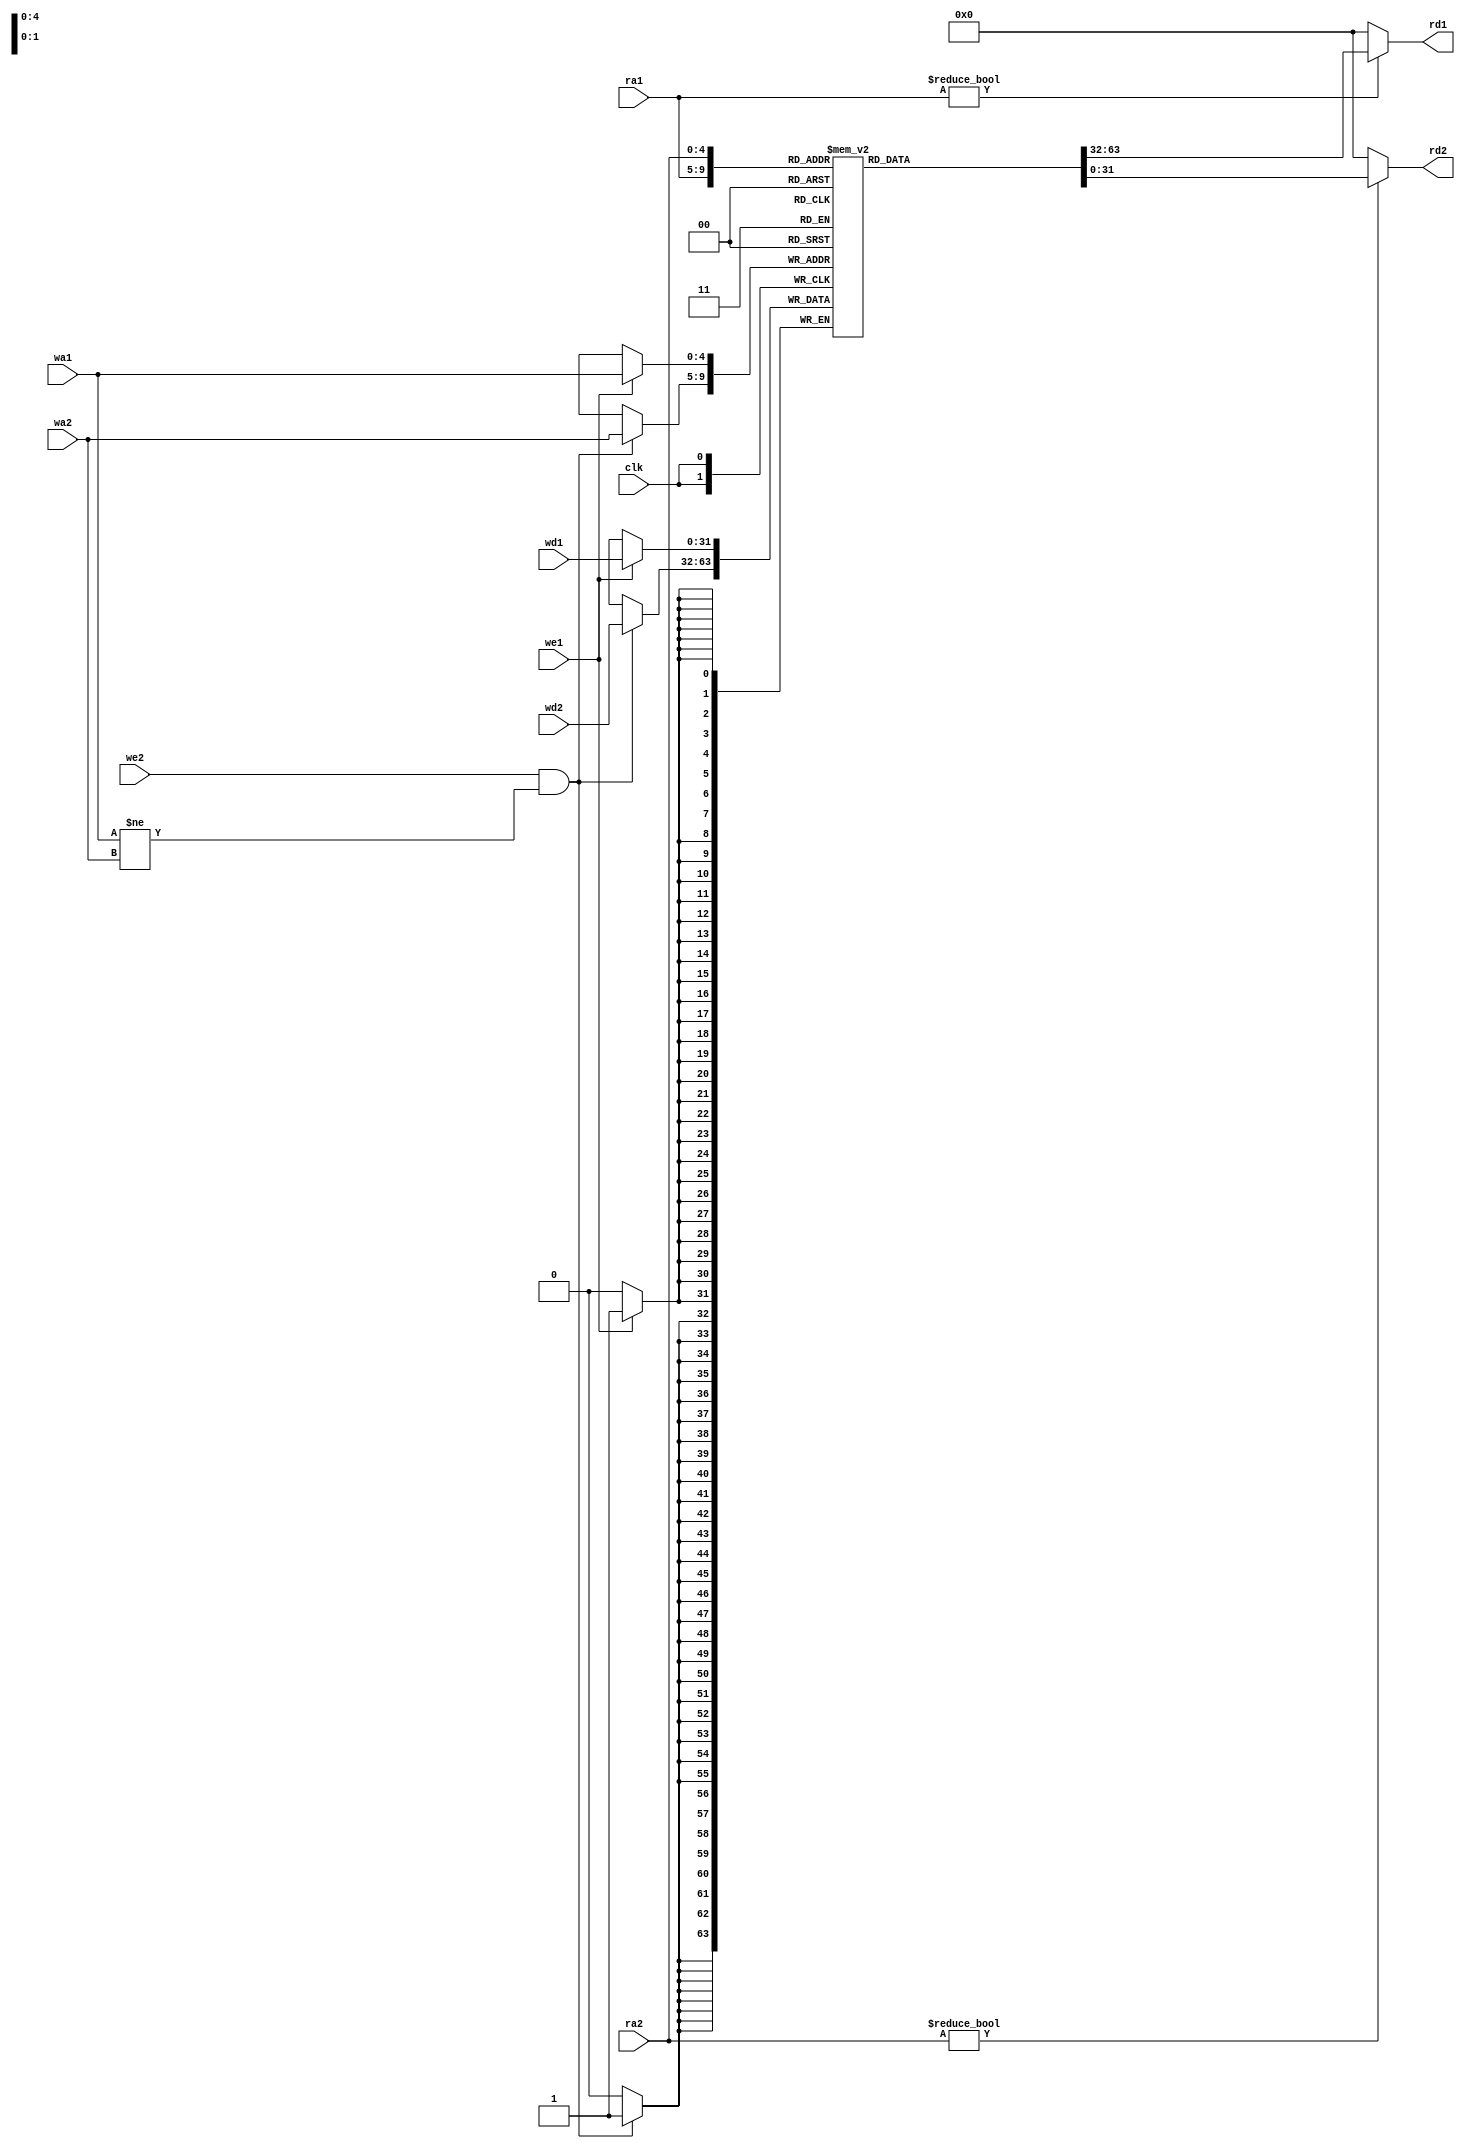
`timescale 1ns / 1ps
//////////////////////////////////////////////////////////////////////////////////
// Company: 
// Engineer: 
// 
// Design Name: 
// Module Name: regfile2
// Project Name: 
// Target Devices: 
// Tool Versions: 
// Description: 
// 
// Dependencies: 
// 
// Revision:
// Revision 0.01 - File Created
// Additional Comments:
// 
//////////////////////////////////////////////////////////////////////////////////


module regfile2(
    input clk,
    input we1, we2,
    input [4:0] wa1, wa2, ra1, ra2,
    input [31:0] wd1, wd2,
    output [31:0] rd1, rd2
    );
    
    reg [31:0] rf [31:0];
    
    always @ (posedge clk)
    begin
        if (we1) begin
            rf[wa1] <= wd1;
        end
        if (we2 && wa1 != wa2)
            begin
                rf[wa2] <= wd2;
            end
    end
    
    assign rd1 = (ra1 !=0) ? rf[ra1] : 0;
    assign rd2 = (ra2 !=0) ? rf[ra2] : 0;
    
endmodule